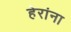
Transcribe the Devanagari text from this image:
हेरांना